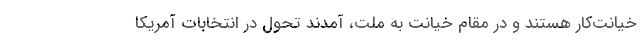
خیانت‌کار هستند و در مقام خیانت به ملت، آمدند تحول در انتخابات آمریکا